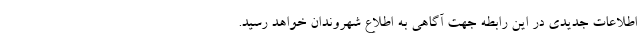
اطلاعات جدیدی در این رابطه جهت آگاهی به اطلاع شهروندان خواهد رسید.